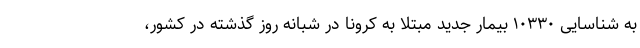
به شناسایی ۱۰۳۳۰ بیمار جدید مبتلا به کرونا در شبانه روز گذشته در کشور،